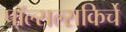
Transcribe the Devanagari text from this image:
पॉल्सल्सकिर्चे